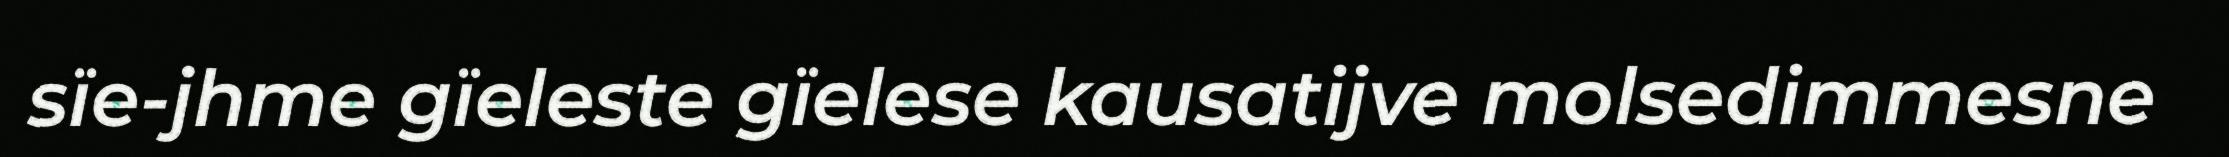
sïe-jhme gïeleste gïelese kausatijve molsedimmesne